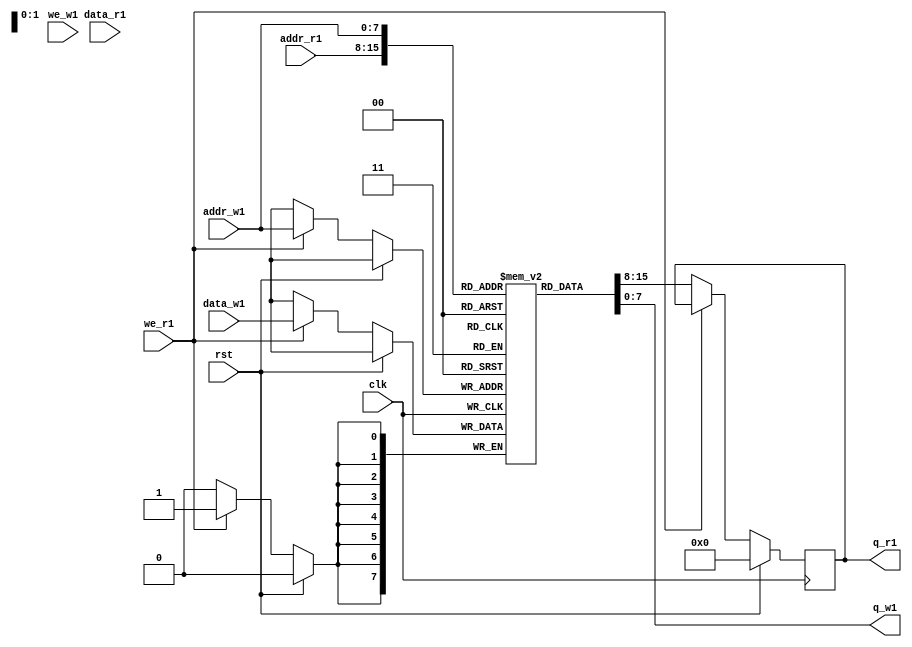
module dual_port_ram (
    input   wire              clk,
    input   wire              rst,
    input   wire      [7:0]   addr_r1,
    input   wire              we_r1,
    input   wire      [7:0]   data_r1,
    output  reg       [7:0]   q_r1,
    input   wire      [7:0]   addr_w1,
    input   wire              we_w1,
    input   wire      [7:0]   data_w1,
    output  wire      [7:0]   q_w1
);

reg [7:0] mem [0:255];

always @(posedge clk) begin
    if (rst) begin //reset
        q_r1 <= 8'b0;
    end else begin
        if (!we_r1) begin //read operation
            q_r1 <= mem[addr_r1];
        end else begin //write operation
            mem[addr_w1] <= data_w1;
        end
    end
end

assign q_w1 = mem[addr_w1];

endmodule